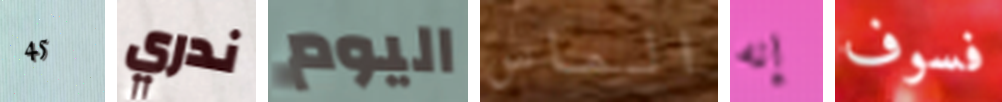
45 ندري اليوم الماس إنه فسوف